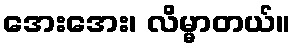
အေးအေး၊ လိမ္မာတယ်။